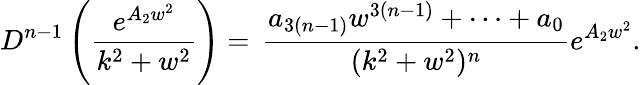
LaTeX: D^{n-1}\left(\frac{e^{A_{2}w^{2}}}{k^{2}+w^{2}}\right)=\, \frac{a_{3(n-1)}w^{3(n-1)}+\dots+a_{0}}{(k^{2}+w^{2})^{n}}e^{A_{2}w^{2}}.